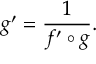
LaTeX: g ^ { \prime } = { \frac { 1 } { f ^ { \prime } \circ g } } .